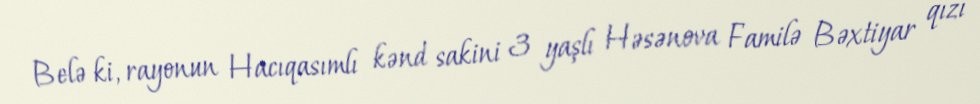
Belə ki, rayonun Hacıqasımlı kənd sakini 3 yaşlı Həsənova Familə Bəxtiyar qızı